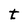
Character: t